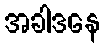
အခါဒနေ